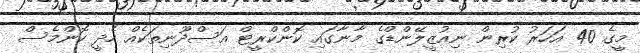
މީގެ 40 އަހަރު ކުރިން ނިއުޒީލޭންޑްގެ މާނާގައި ކޮންކްރީޓް އަސްދޫނިތަކެއް ހެދީ ކޮންމެސް